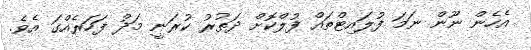
އެހެން ނޫން ނަމަ ފުލައިޓްތައް ފުލްކޮށް ދަތުރު ކުރަނީ މަދު ފަހަރެއްގަ އެވެ.